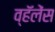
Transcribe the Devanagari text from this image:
व्हॅलेंस